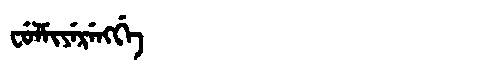
Manchu: ᠸᡠᠯᠮᡳᠶᡝᡵᡝᠩᡤᡝ
Romanization: FULMIYERENGGE